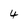
Character: 4